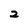
Character: 2